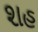
શહ